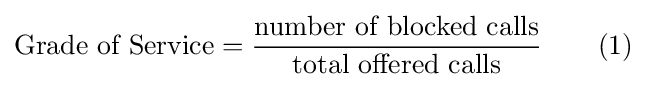
{\mbox{Grade of Service}}={\frac {\mbox{number of blocked calls}}{\mbox{total offered calls}}}\qquad (1)